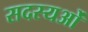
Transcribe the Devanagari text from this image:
सदस्यओं